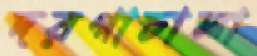
দরগাচালা